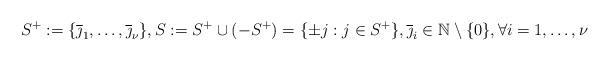
LaTeX: \begin{align*}S^+:=\{\overline{\jmath}_1, \dots, \overline{\jmath}_{\nu} \}, S:=S^+\cup(-S^+)=\{ \pm j : j\in S^+\}, \overline{\jmath}_i\in \mathbb{N}\setminus\{ 0\}, \forall i=1,\dots, \nu\end{align*}